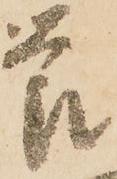
節